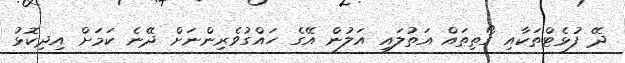
ދޭ ފުޅެޓްތަކާއި ގޯތިތައް އަތުލައި އަލުން އޭގެ ހައްގުވެރިންނަށް ދޭނެ ކަމަށް އިދިކޮޅު